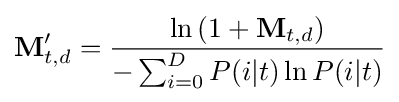
\mathbf {M} _{t,d}'={\frac {\ln {(1+\mathbf {M} _{t,d})}}{-\sum _{i=0}^{D}P(i|t)\ln {P(i|t)}}}